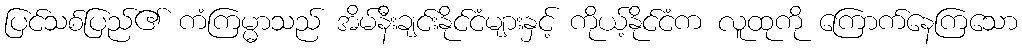
ပြင်သစ်ပြည်၏ ကံကြမ္မာသည် အိမ်နီးချင်းနိုင်ငံများနှင့် ကိုယ့်နိုင်ငံက လူထုကို ကြောက်နေကြသော